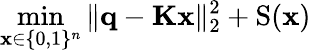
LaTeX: \operatorname*{min}_{\mathbf{x}\in\{ 0,1\} ^{n}}\| \mathbf{q}-\mathbf{K}\mathbf{x}\| _{2}^{2}+\mathrm{S}(\mathbf{x})